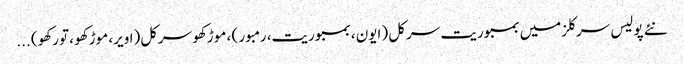
نئے پولیس سرکلزمیں بمبوریت سرکل (ایون ، بمبوریت، رمبور ) ، موڑکھو سرکل(اویر، موڑکھو ، تورکھو) ...